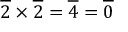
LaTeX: { \overline { { 2 } } } \times { \overline { { 2 } } } = { \overline { { 4 } } } = { \overline { { 0 } } }